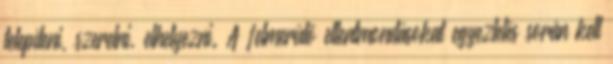
telepíteni, szerelni, elhelyezni. A felmerülõ ellentmondásokat egyeztetés során kell